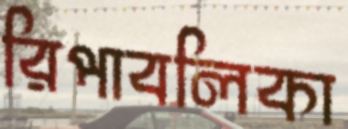
রিপাবলিকা